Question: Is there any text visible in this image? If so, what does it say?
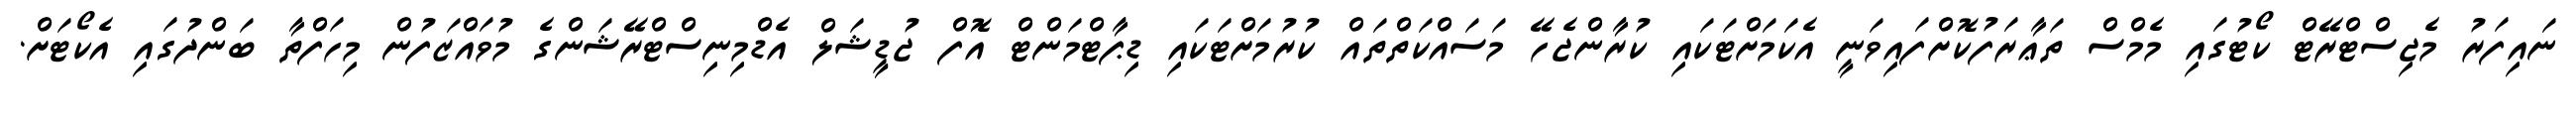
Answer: ނައިފަރު މެޖިސްޓްރޭޓް ކޯޓުގައި މެމްސް ތަޢާރަފުކޮށްފައިވަނީ އެކަމަށްޓަކައި ކުރާންޖެހޭ މަސައްކަތްތައް ކުރުމަށްޓަކައި ޑިޕާޓްމަންޓް އޮފް ޖުޑީޝަލް އެޑްމިނިސްޓްރޭޝަންގެ މުވައްޒަފުން މިހަފްތާ ބަންދުގައި އެކޯޓަށް.